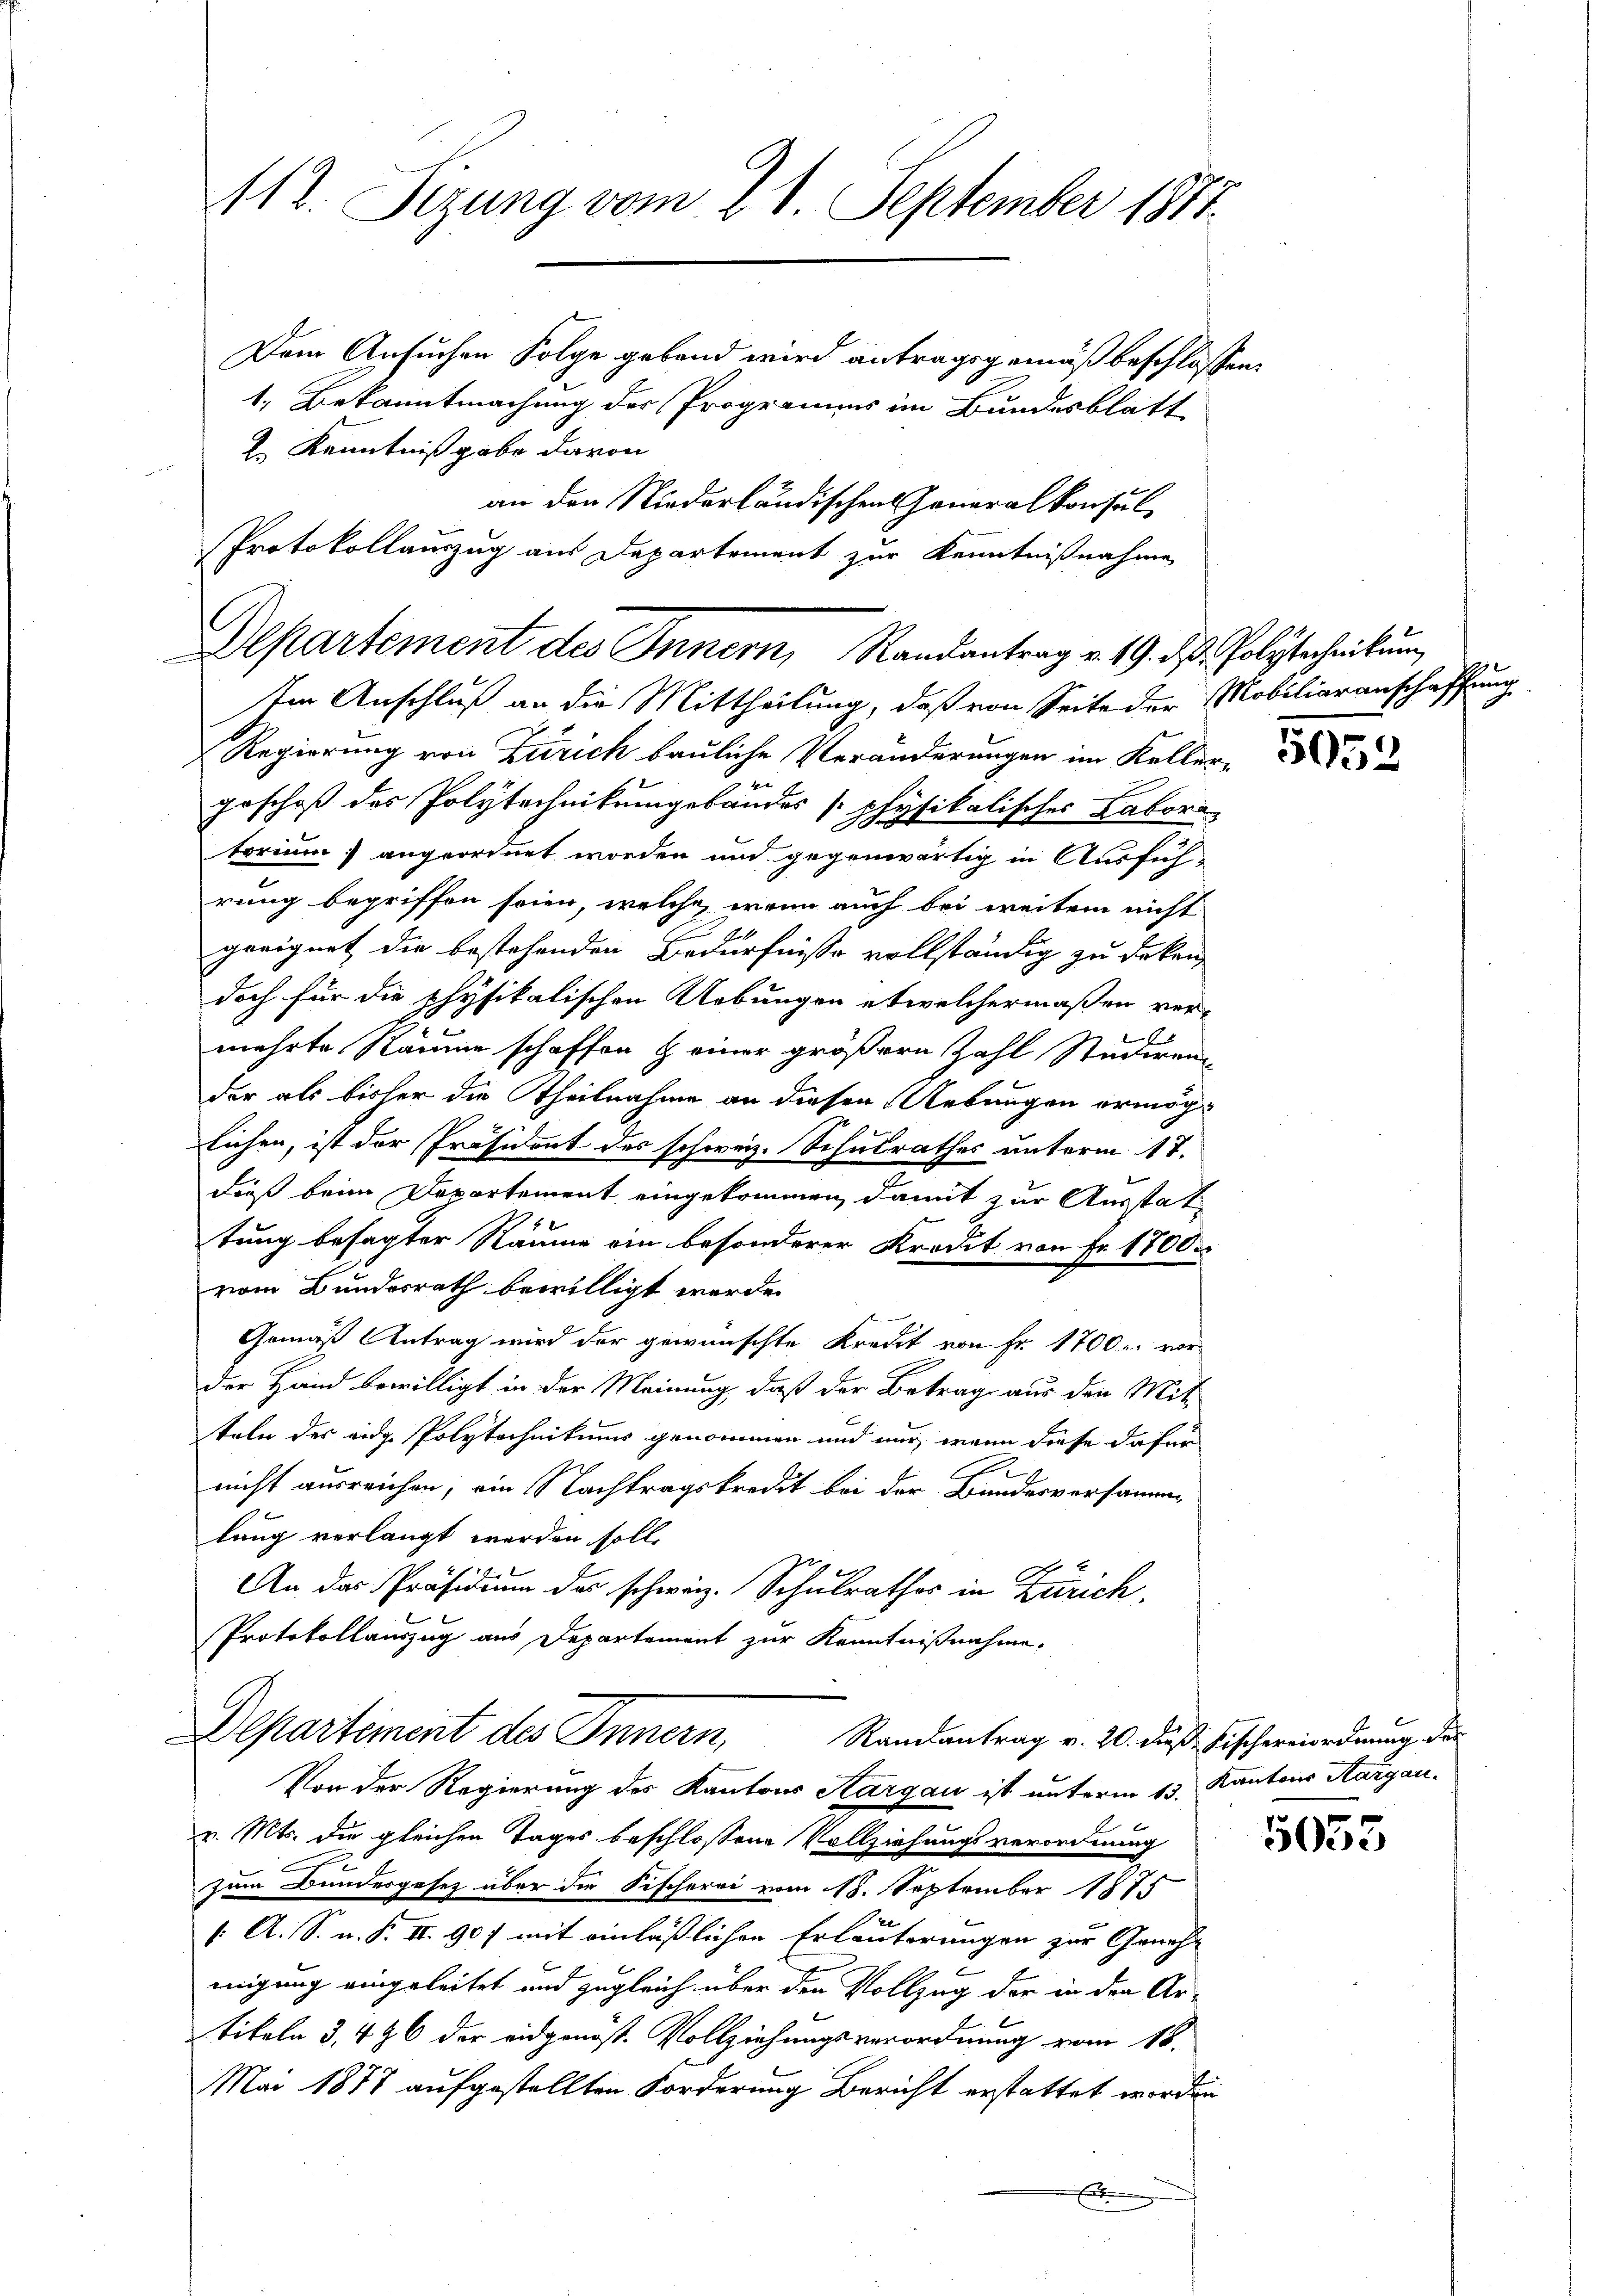
112. Sizung vom 21. September 1871.
Dem Ansuchen Folge gebend wird antragsgemäß beschlossen:
1. Bekanntmachung der Programms im Bundesblatt

2. Kenntnißgabe davon
an den Niederländischen Generalkonsul
Protokollauszug aus Departement zur Kenntnißnahme

Departement des Innern, Randantrag v. 19. ds Polytechnikum

Im Anschluß an die Mittheilung, daß von Seite der Mobiliaranschaffung
Regierung von Zürich bauliche Veränderungen im Keller
geschoß des Polytechnikumgebäudes (physikalisches Labora
torium) angeordnet worden und gegenwärtig in Ausfüh-
rung begriffen seien, welche, wenn auch bei weitem nicht
geeignet die bestehenden Bedürfnisse vollständig zu deken
doch für die physikalischen Uebungen etwelchermaßen ver-
 f 2
mehrte Räume schaffen & einer größern Zahl Studiren
der als bisher die Theilnahme an diesen Uebungen ermöglichen, ist der Präsident des schweiz. Schulrathes unterm 17.
dieß beim Departement eingekommen, damit zur Ausstattung besagter Räume ein besonderer Kredit von Fr. 1700
vom Bundesrath bewilligt werde.
Gemäß Antrag wird der gewünschte Kredit von Fr. 1700 r. vor
der Hand bewilligt in der Meinung, daß der Betrage aus den Mit-
teln des eidge Polytechnikums genommen und nur, wenn diese dafür
E
nicht ausreichen, ein Nachtragskredit bei der Bundesversamme
lang verlangt werden soll.
An das Präsidium des schweiz. Schulrathes in Zürich,
Protokollauszug aus Departement zur Kenntnißnahme.
Departement des Innern,
Randantrag v. 20. dieß Fischereiordnung der
Von der Regierung des Kantons Aargau ist unterm 13. Kantons Aargau.
v. Mts. die gleichen Tages beschlossene Vollziehungsverordnung
zum Bundesgesez über die Fischerei vom 18. September 1875
[A. S. n. F. II. 907 mit einläßlichen Erläuterungen zur Genehmigung eingeleitet und zugleich über den Vollzug der in den Artikeln 3, 446 der eidgenöst. Vollziehungsverordnung vom 16.
Mai 1877 aufgestellten Forderung Bericht erstattet worden

1

5053

5053